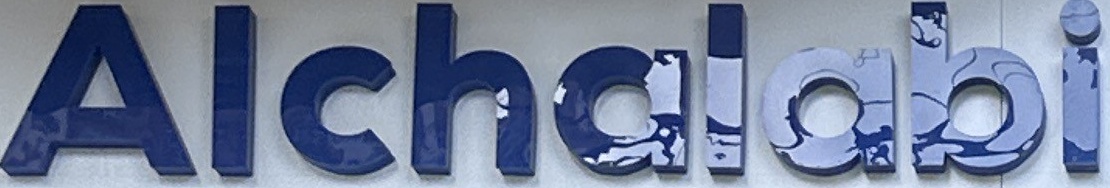
Alchalabi